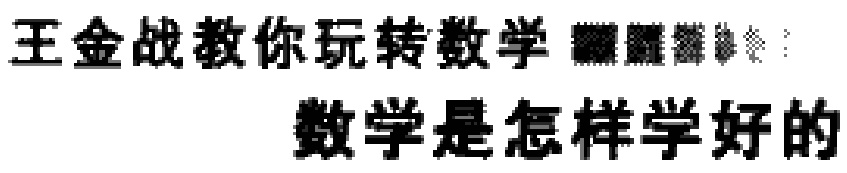
王金战教你玩转数学  数学是怎样学好的